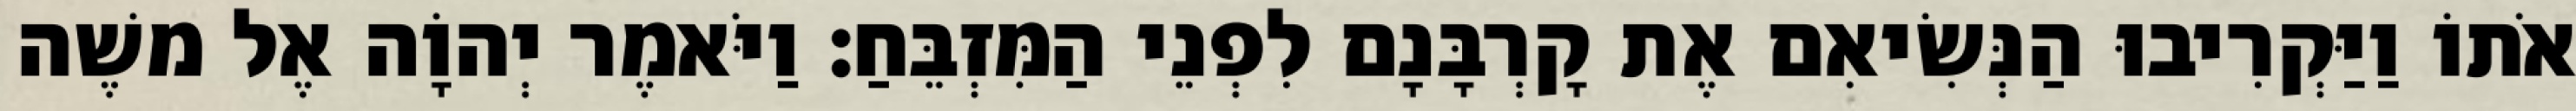
אֹתוֹ וַיַּקְרִיבוּ הַנְּשִׂיאִם אֶת קָרְבָּנָם לִפְנֵי הַמִּזְבֵּחַ׃ וַיֹּאמֶר יְהוָֹה אֶל משֶׁה